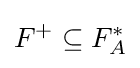
F^{+}\subseteq F_{A}^{*}